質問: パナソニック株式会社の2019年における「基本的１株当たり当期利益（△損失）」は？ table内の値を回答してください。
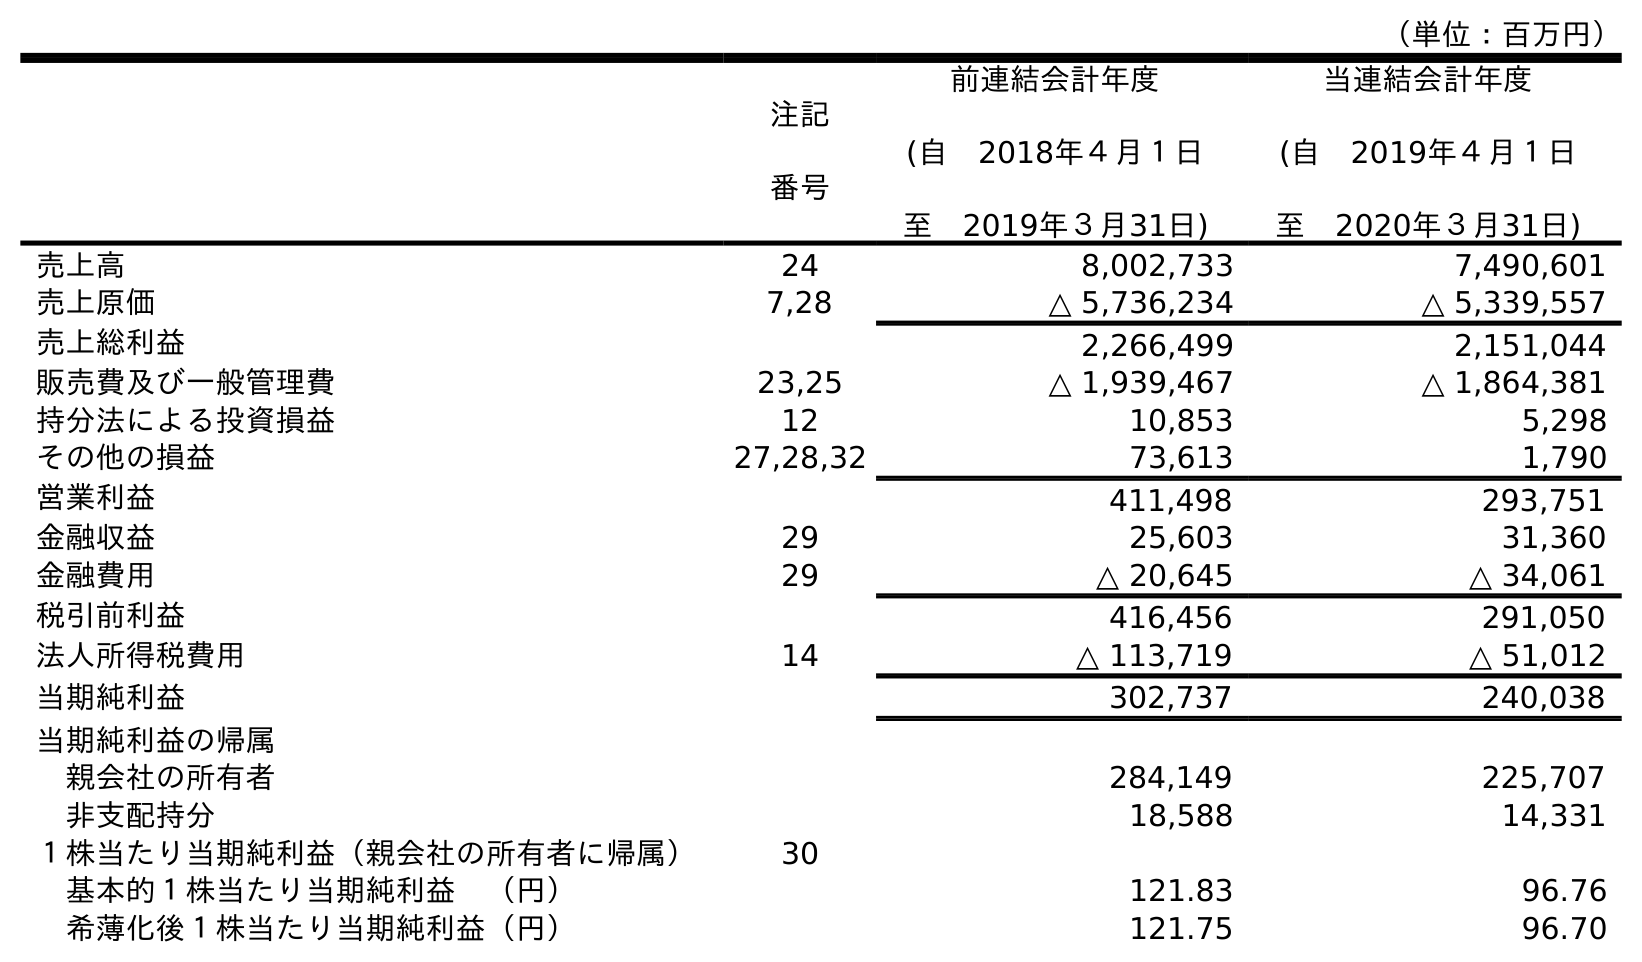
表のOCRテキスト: （単位：百万円） 注記 番号 前連結会計年度 (自 2018年４月１日 至 2019年３月31日) 当連結会計年度 (自 2019年４月１日 至 2020年３月31日) 売上高 24 8,002,733 7,490,601 売上原価 7,28 △ 5,736,234 △ 5,339,557 売上総利益 2,266,499 2,151,044 販売費及び一般管理費 23,25 △ 1,939,467 △ 1,864,381 持分法による投資損益 12 10,853 5,298 その他の損益 27,28,32 73,613 1,790 営業利益 411,498 293,751 金融収益 29 25,603 31,360 金融費用 29 △ 20,645 △ 34,061 税引前利益 416,456 291,050 法人所得税費用 14 △ 113,719 △ 51,012 当期純利益 302,737 240,038 当期純利益の帰属 親会社の所有者 284,149 225,707 非支配持分 18,588 14,331 １株当たり当期純利益（親会社の所有者に帰属） 30 基本的１株当たり当期純利益 （円） 121.83 96.76 希薄化後１株当たり当期純利益（円） 121.75 96.70
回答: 121.83